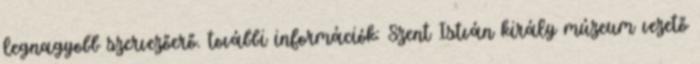
legnagyobb szervezőerő. további információk: Szent István király múzeum vezető